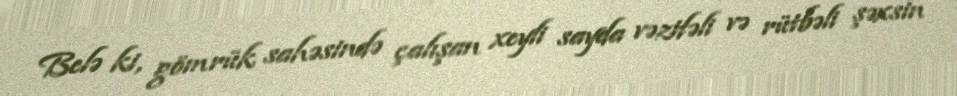
Belə ki, gömrük sahəsində çalışan xeyli sayda vəzifəli və rütbəli şəxsin